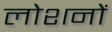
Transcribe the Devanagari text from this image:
लोशनों